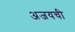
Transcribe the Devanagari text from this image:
अजयची